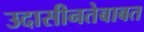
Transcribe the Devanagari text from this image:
उदासीनतेबाबत